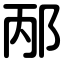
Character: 邴